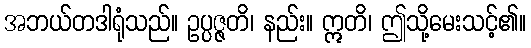
အဘယ်တဒါရုံသည်။ ဥပ္ပဇ္ဇတိ၊ နည်း။ ဣတိ၊ ဤသို့မေးသင့်၏။